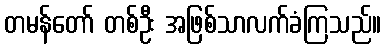
တမန်တော် တစ်ဦး အဖြစ်သာလက်ခံကြသည်။